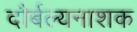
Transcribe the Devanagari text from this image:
दौर्बल्यनाशक